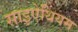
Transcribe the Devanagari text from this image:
साइऐथियम